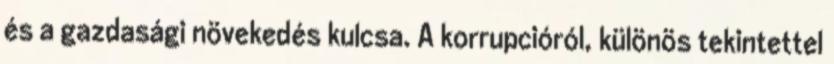
és a gazdasági növekedés kulcsa. A korrupcióról, különös tekintettel